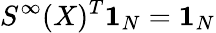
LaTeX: S^{\infty}(X)^{T}\mathbf{1}_{N}=\mathbf{1}_{N}